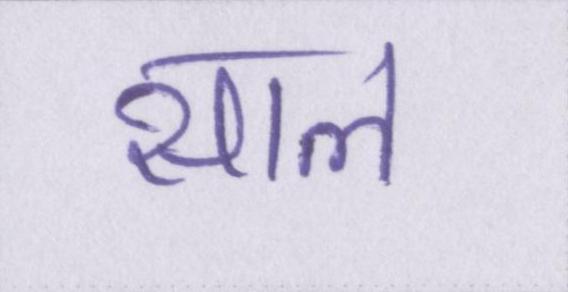
साल